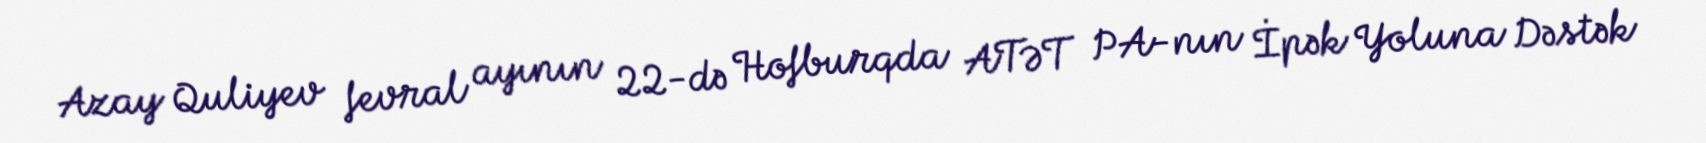
Azay Quliyev fevral ayının 22-də Hofburqda ATƏT PA-nın İpək Yoluna Dəstək